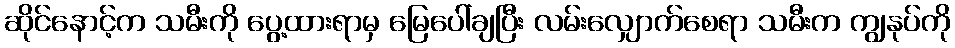
ဆိုင်နောင့်က သမီးကို ပွေ့ထားရာမှ မြေပေါ်ချပြီး လမ်းလျှောက်စေရာ သမီးက ကျွနုပ်ကို